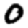
Digit: 0